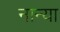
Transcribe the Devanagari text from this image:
नान्या